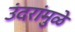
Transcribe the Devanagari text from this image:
उंदरांमुळे